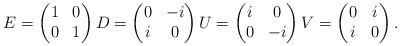
LaTeX: \begin{align*} E = \begin{pmatrix} 1 & 0 \\ 0 & 1 \end{pmatrix} D = \begin{pmatrix} 0 & -i \\ i & 0 \end{pmatrix} U = \begin{pmatrix} i & 0 \\ 0 & -i \end{pmatrix} V = \begin{pmatrix} 0 & i \\ i & 0 \end{pmatrix}.\end{align*}